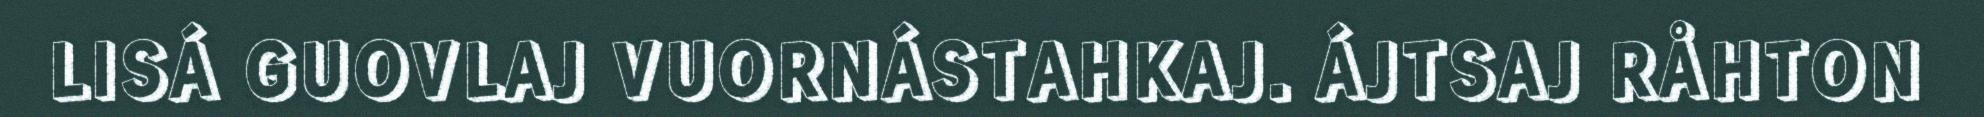
LISÁ GUOVLAJ VUORNÁSTAHKAJ. ÁJTSAJ RÅHTON